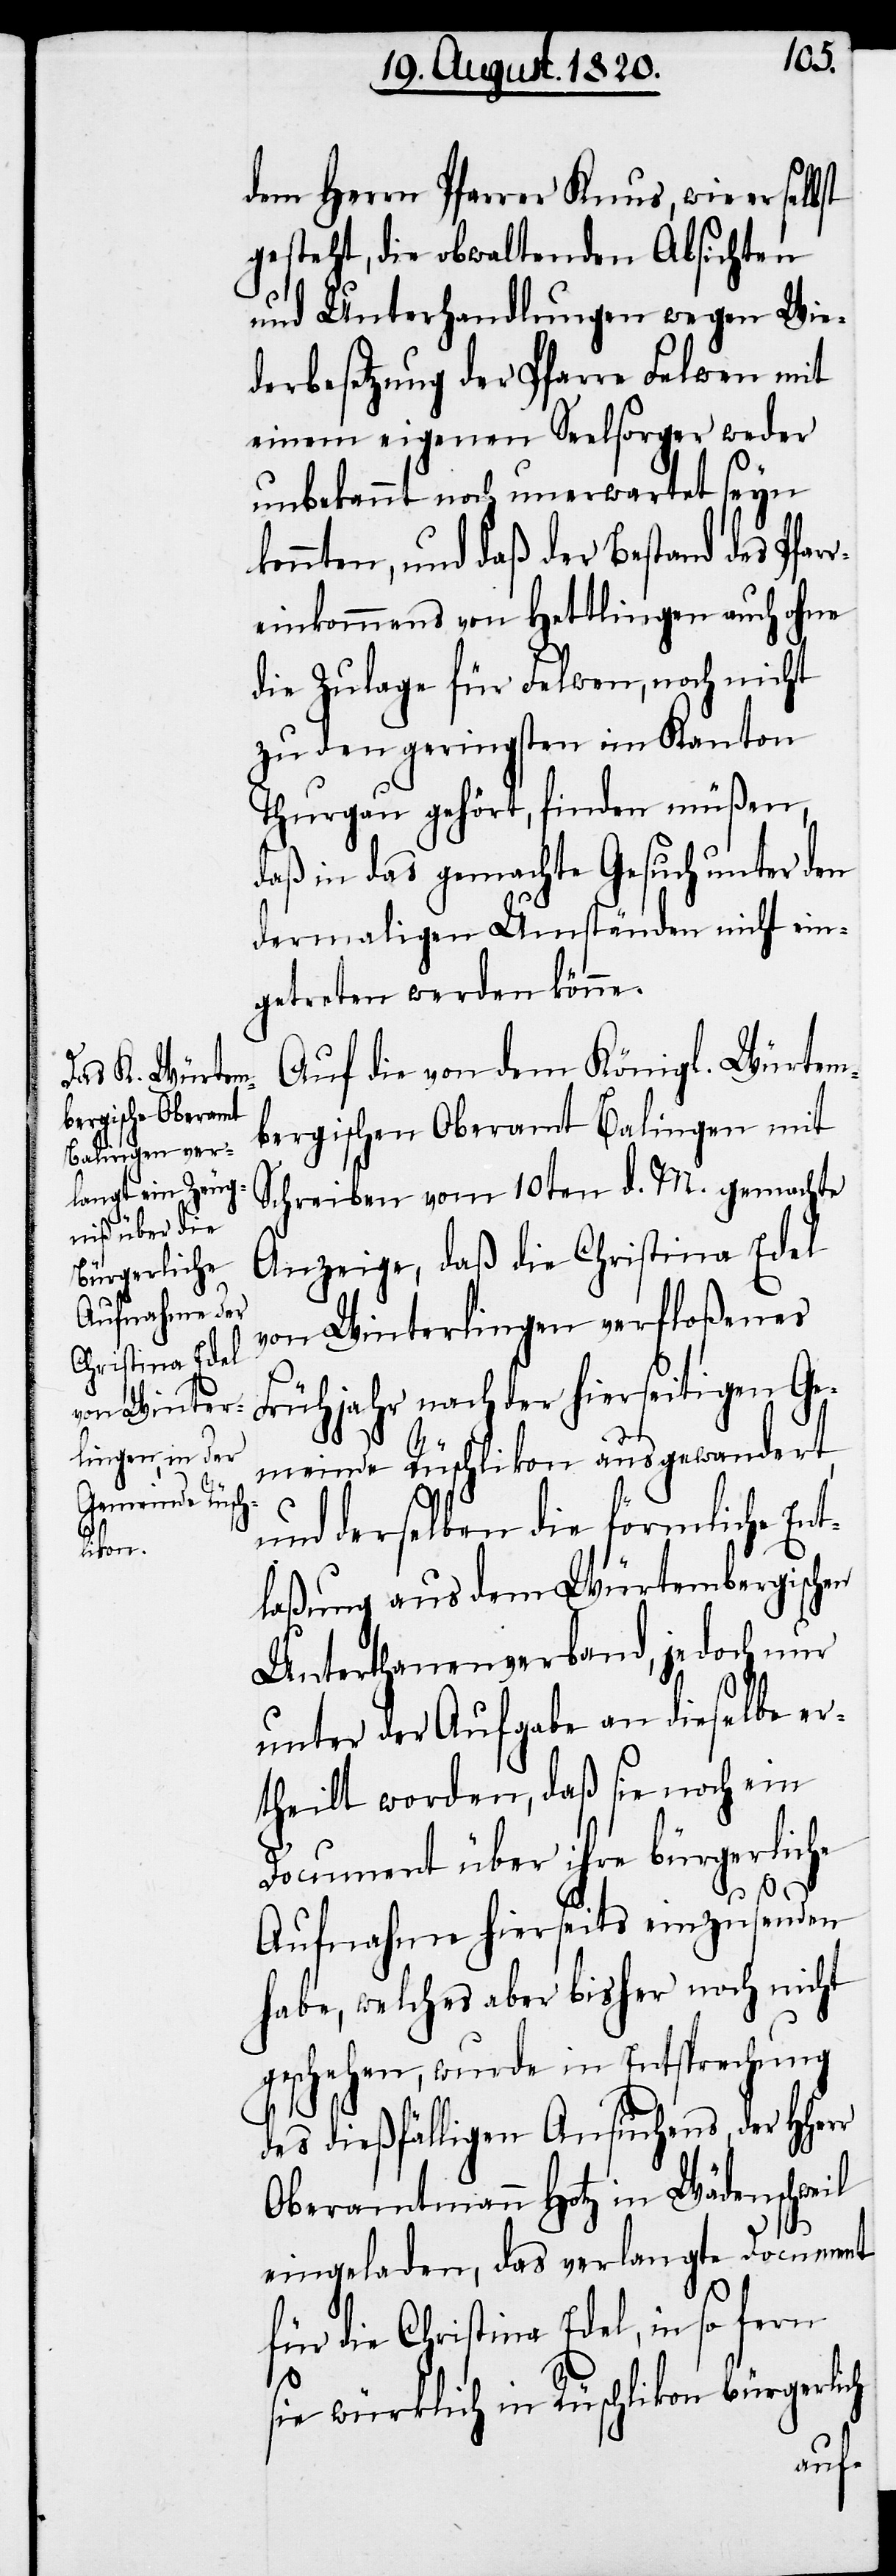
dem Herrn Pfarrer Knus, wie er selb¬
gesteht, die obwaltenden Absichten
und Unterhandlungen wegen Wie¬
derbesetzung der Pfarre Felwen mit
einem eigenen Seelsorger weder
unbekannt noch unerwartet seyn
konnten, und daß der Bestand des Pfar¬
reinkommens von Hettlingen auch ohne
die Zulage für Felwen, noch nicht
zu den geringsten im Kanton
Thurgau gehört, finden müßen,
daß in das gemachte Gesuch unter den
dermaligen Umständen nicht ein¬
getreten werden könne.
Auf die von dem Königl. Würtem¬
bergischen Oberamt Balingen mit
Schreiben vom 10ten d. M. gemachte
Anzeige, daß die Christina Edel
von Winterlingen verfloßenes
Frühjahr nach der hierseitigen Ge¬
meinde Rüschlikon ausgewandert,
und derselben die förmliche Ent¬
laßung aus dem Würtembergischen
Unterthanenverband, jedoch nur
unter der Aufgabe an dieselbe er¬
theilt worden, daß sie noch ein
Document über ihre bürgerliche
r
Aufnahme hierseits einzusenden
habe, welches aber bisher noch nicht
geschehen, wurde in Entsprechung
des dießfälligen Ansuchens, der HHer¬
Oberamtmann Hotz in Wädenschweil
eingeladen, das verlangte Document
für die Christina Edel, in so fern
sie würklich in Rüschlikon bürgerlich